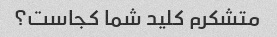
متشکرم کلید شما کجاست؟